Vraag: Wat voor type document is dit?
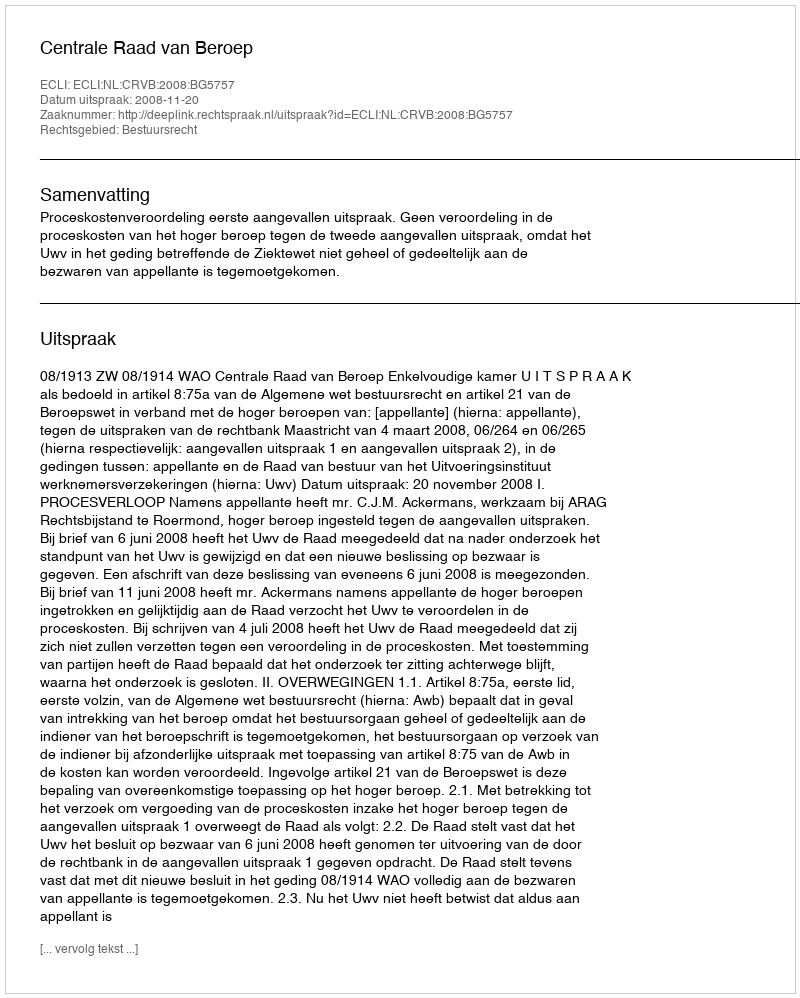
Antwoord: Uitspraak